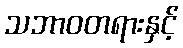
သဘာဝတရားနှင့်